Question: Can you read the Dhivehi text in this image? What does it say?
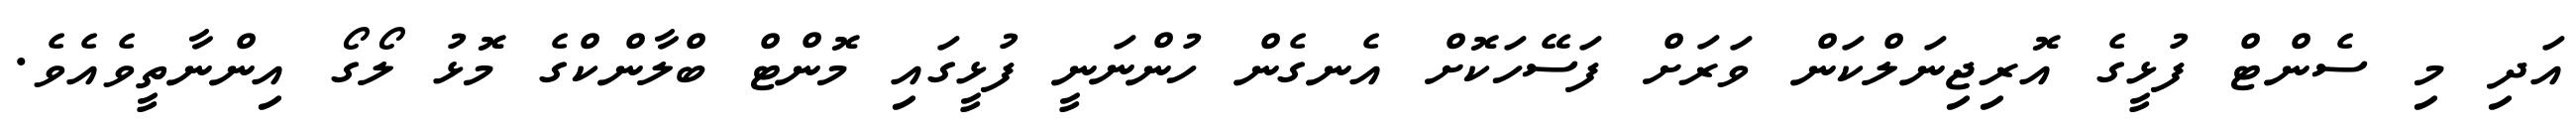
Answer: އަދި މި ސެންޓް ފުޅީގެ އޮރިޖިނަލްކަން ވަރަށް ފަސޭހަކޮށް އެނގެން ހުންނަނީ ފުޅީގައި މޮންޓް ބްލާންކްގެ މޮޅު ލޯގޯ އިންނާތީވެއެވެ.